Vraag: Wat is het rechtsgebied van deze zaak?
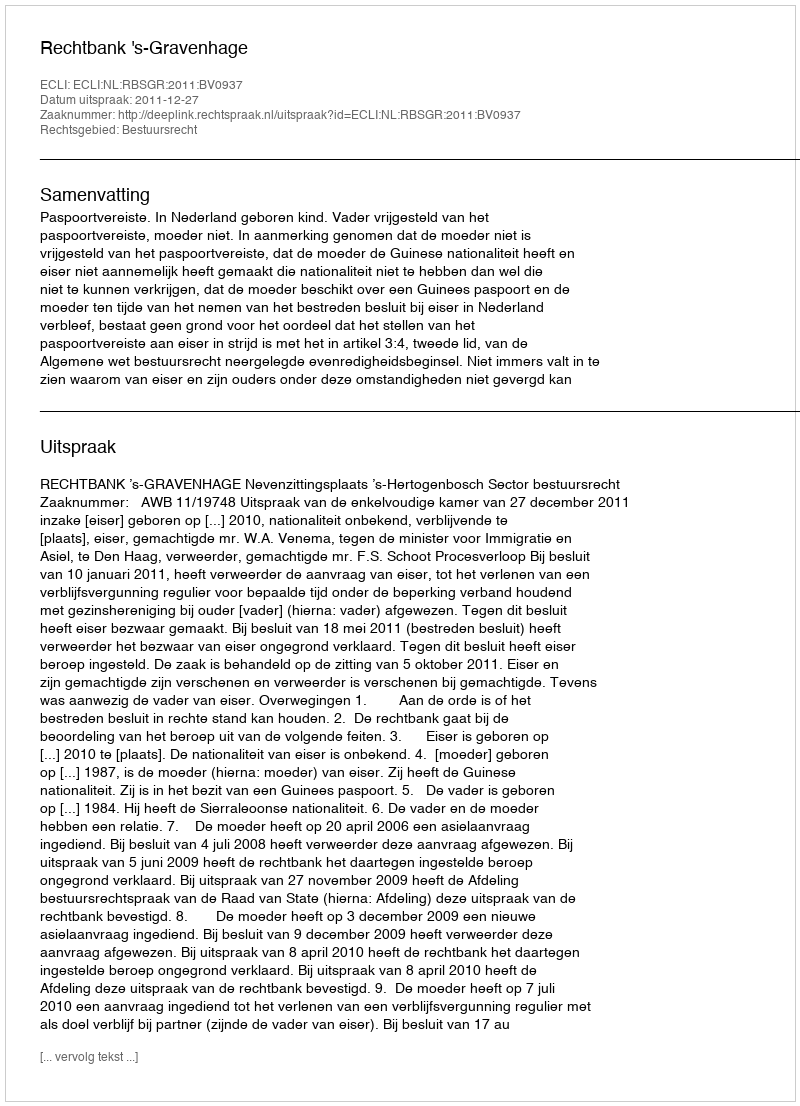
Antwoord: Bestuursrecht